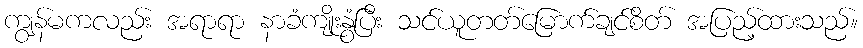
ကျွန်မကလည်း အရာရာ နာခံကျိုးနွံပြီး သင်ယူတတ်မြောက်ချင်စိတ် အပြည့်ထားသည်။